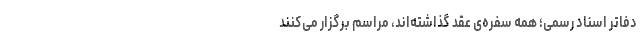
دفاتر اسناد رسمی؛ همه سفره‌ی عقد گذاشته‌اند، مراسم برگزار می‌کنند